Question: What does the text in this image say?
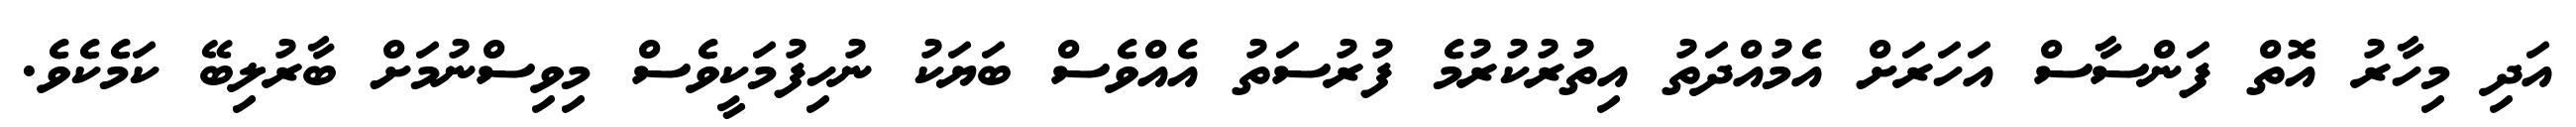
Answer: އަދި މިހާރު އޮތް ފަންސާސް އަހަރަށް އެމުއްދަތު އިތުރުކުރުމެ ފުރުސަތު އެއްވެސް ބަޔަކު ނުހިފުމަކީވެސް މިވިސްނުމަށް ބާރުލިބޭ ކަމެކެވެ.